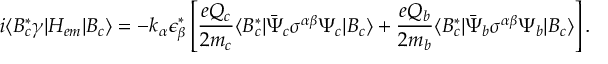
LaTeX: i \langle B _ { c } ^ { * } \gamma | H _ { e m } | B _ { c } \rangle = - k _ { \alpha } \epsilon _ { \beta } ^ { * } \left[ \frac { e Q _ { c } } { 2 m _ { c } } \langle B _ { c } ^ { * } | \bar { \Psi } _ { c } { \sigma } ^ { \alpha \beta } \Psi _ { c } | B _ { c } \rangle + \frac { e Q _ { b } } { 2 m _ { b } } \langle B _ { c } ^ { * } | \bar { \Psi } _ { b } { \sigma } ^ { \alpha \beta } \Psi _ { b } | B _ { c } \rangle \right] .